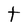
Character: t